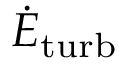
\dot { E } _ { \mathrm { t u r b } }